Document type: Grant of rights
Year: 1254
Scribe: Jaume de Port
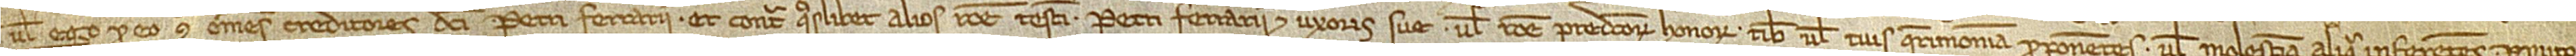
vel ego pro eo contra omnes creditores dicti Petri Ferrarii et contra quaslibet alios ratione testamenti Petri Ferrarii et uxoris sue vel ratione predictorum honorum tibi vel tuis querimoniam proponentes vel molestiam aliquam inferentes. Promito